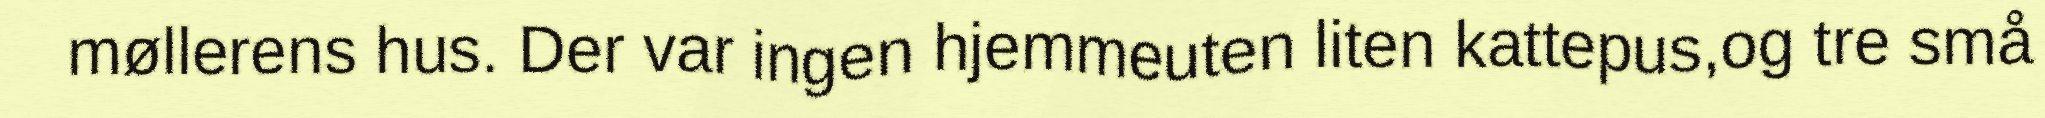
møllerens hus. Der var ingen hjemmeuten liten kattepus,og tre små